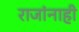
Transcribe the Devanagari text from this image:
राजांनाही